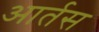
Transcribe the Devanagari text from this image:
आर्तस